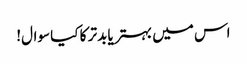
اس میں بہتر یا بدتر کا کیا سوال!